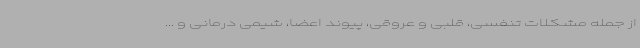
از جمله مشکلات تنفسی، قلبی و عروقی، پیوند اعضا، شیمی درمانی و ...